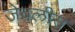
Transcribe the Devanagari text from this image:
जेवलीस